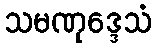
သမဏုဒ္ဒေသံ